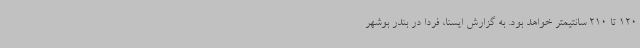
120 تا 210 سانتیمتر خواهد بود. به گزارش ایسنا، فردا در بندر بوشهر